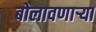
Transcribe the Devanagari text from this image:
बोलावणार्‍या